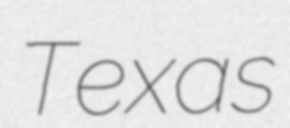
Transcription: Texas